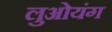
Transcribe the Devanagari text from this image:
लुओयंग